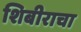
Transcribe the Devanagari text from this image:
शिबीराचा